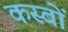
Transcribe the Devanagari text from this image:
कस्‍बों